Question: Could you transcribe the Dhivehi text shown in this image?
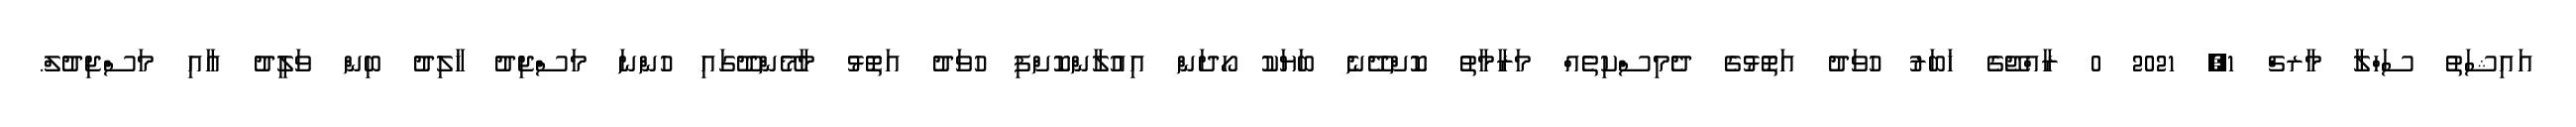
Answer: އައިޝަތު ސަހްލާ މާރޗް 1, 2021 0 ރާއްޖޭގެ ޚަބަރު ހުވަދު އަތޮޅުގެ ދެމިސްކިތެއް މަރާމާތު ކޮށްދޭނެ ބަޔަކު ހޯދަން އިއުލާންކޮށްފި ހުވަދު އަތޮޅު މާމޭންދޫގައި ހުންނަ މަސްޖިދު ޚާލިދު ބިން ވަލީދު އާއި މަސްޖިދުލް.